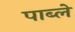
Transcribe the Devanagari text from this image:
पाब्ले